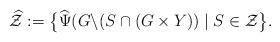
LaTeX: \begin{align*} \widehat{\mathcal{Z}}:= \big\{ \widehat{\Psi} (G\backslash(S\cap (G\times Y)) \mid S \in \mathcal{Z} \big\} .\end{align*}